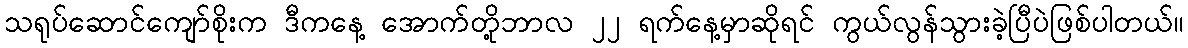
သရုပ်ဆောင်ကျော်စိုးက ဒီကနေ့ အောက်တို့ဘာလ ၂၂ ရက်နေ့မှာဆိုရင် ကွယ်လွန်သွားခဲ့ပြီပဲဖြစ်ပါတယ်။